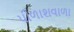
પીળાશવાળા